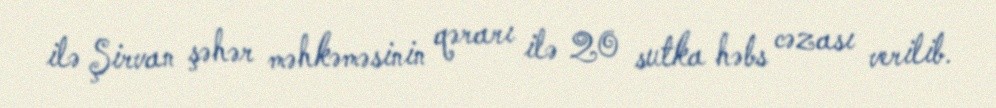
ilə Şirvan şəhər məhkəməsinin qərarı ilə 20 sutka həbs cəzası verilib.